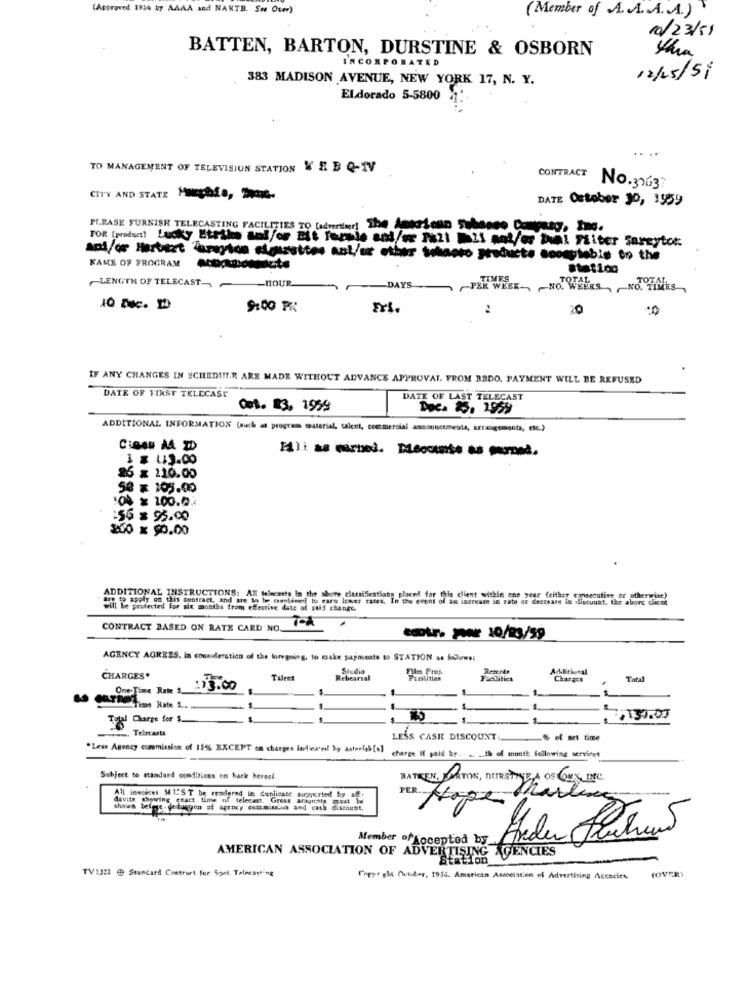
(Approved 1526 by AAAA and NARTE. 5wo Oter)
(Member of A .. A. A. A.)
10/23/51
BATTEN, BARTON, DURSTINE & OSBORN
INCORPORATED
383 MADISON AVENUE, NEW YORK 17, N. Y.
12/15/51
ELdorado 5-5800
...
TO MANAGEMENT OF TELEVISION STATION W IL B Q-IV
CONTRACT
No.31637
CITY AND STATE Machia, .
DATE October 10, 1559
PI.RASE FURNISH TELECASTING FACILITIES TO [advertier] The American Tubaeso Company, Inc.
FOR (product) Lucky Strike and/or Bit Termle and/or Fall Mil and/or Bwal FLiter Careytor.
and/or Harbert Farayton siourettes ant/or other tohoto products scomptable to the
KAME OF PROGRAM
Station
-HOUR
-LENGTH OF TELECAST -
DAYS
ZE WEEK- - NO. WEEKS, NO. TIMES,
9100 PR
FYS.
20
IF ANY CHANGES IN SCHEDIIT.R ARE MADE WITHOUT ADVANCE APPROVAL. FROM BBDO, PAYMENT WILL BE REFUSED
DATE OF FIRST TELECAST
DATE OF LAST TELECAST
Cet. 83, 1999
Doc. 25. 1959
ADDITIONAL INFORMATION (auch a program material, talent, commercial announcements, arrangements, etc.)
26 x 210.00
50 x 105.00
:56 x 95.00
200 x $0.00
ADDITIONAL INSTRUCTIONS: All telecasts In the above ciataifications placed for this client withle one year (either consecutive or other
to apply on this contract, and are to be esenbimed to cars lower rates. In the event of an increase in rate of deerease in discuunt, the above clicml
will be phultested for six months from effective date of said change.
TOA
CONTRACT BASED ON RATE CARD NO.
-tr - 10/23/59
AGENCY AGREES. in consideration of the foregoing, to make payments to STATION as follows:
Studio
Film Prof.
Reserde
CHARGES.
Talent
Rebearsal
Facilities
Charges
One Time Rate 5.
:13.00
Tegl Charge for $
. Telecasts
LESS CASIL DISCOUNT
-% of set time
"Less Agency commission of 15% EXCEPT on charges iolieweil hy asterich [s]
charge If paid by.
... th of month following services
Subject to standard conditions en hack heresi.
BATKEN, PORTOK, NURSTILE A OS CES DEC.
davits showing exact time of telecast. Gress
All invoices MUST be rendered in duplicate supported by af+
PER Hope
Marlene
shivan belege-deducgon af agency commissar and cash discount.
Member of Koceptod by_
AMERICAN ASSOCIATION OF ADVERTISING AGENCIES
TV:322 @ Standard Chetrart for Sont Telecasting
(OVER3
repar ght Chtuber, 1956. American Association of Advertising Agencies.